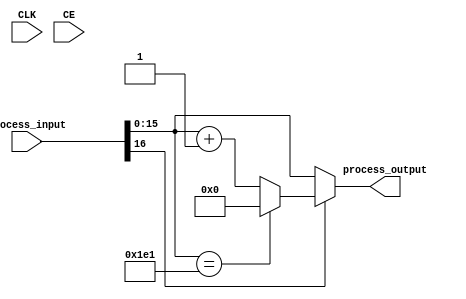
module incif_wrapuint16_481_incnil(input CLK, input CE, input [16:0] process_input, output [15:0] process_output);
parameter INSTANCE_NAME="INST";
  wire [15:0] unnamedcast119USEDMULTIPLEcast;assign unnamedcast119USEDMULTIPLEcast = (process_input[15:0]); 
  assign process_output = (((process_input[16]))?((({(unnamedcast119USEDMULTIPLEcast==(16'd481))})?((16'd0)):({(unnamedcast119USEDMULTIPLEcast+(16'd1))}))):(unnamedcast119USEDMULTIPLEcast));
endmodule